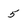
Character: 5